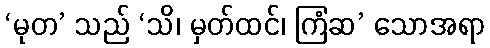
‘မုတ’ သည် ‘သိ၊ မှတ်ထင်၊ ကြံဆ’ သောအရာ